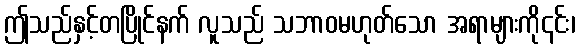
ဤသည်နှင့်တပြိုင်နက် လူသည် သဘာဝမဟုတ်သော အရာများကို၎င်း၊